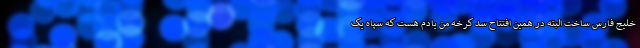
خلیج فارس ساخت البته در همین افتتاح سد کرخه من یادم هست که سپاه یک